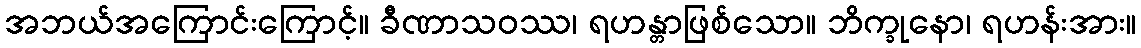
အဘယ်အကြောင်းကြောင့်။ ခီဏာသဝဿ၊ ရဟန္တာဖြစ်သော။ ဘိက္ခုနော၊ ရဟန်းအား။